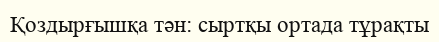
Қоздырғышқа тән: сыртқы ортада тұрақты